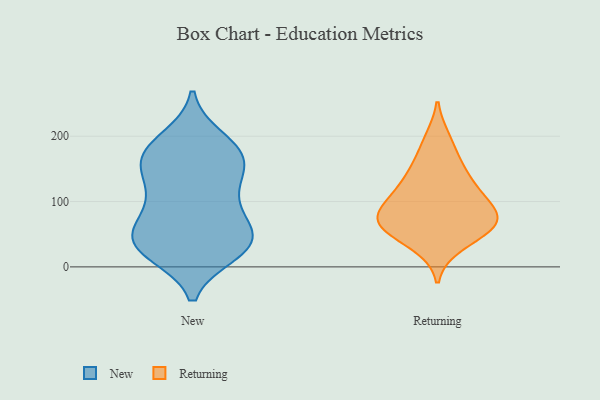
{"axis": {"x": "Backlog", "y": "Value"}, "legend": ["New", "Returning"], "data": [{"x": "", "y": 27, "type": "New"}, {"x": "", "y": 98, "type": "New"}, {"x": "", "y": 37, "type": "New"}, {"x": "", "y": 74, "type": "New"}, {"x": "", "y": 185, "type": "New"}, {"x": "", "y": 36, "type": "New"}, {"x": "", "y": 65, "type": "New"}, {"x": "", "y": 124, "type": "New"}, {"x": "", "y": 195, "type": "New"}, {"x": "", "y": 178, "type": "New"}, {"x": "", "y": 45, "type": "New"}, {"x": "", "y": 151, "type": "New"}, {"x": "", "y": 165, "type": "New"}, {"x": "", "y": 22, "type": "New"}, {"x": "", "y": 28, "type": "New"}, {"x": "", "y": 163, "type": "New"}, {"x": "", "y": 42, "type": "New"}, {"x": "", "y": 108, "type": "New"}, {"x": "", "y": 157, "type": "New"}, {"x": "", "y": 75, "type": "Returning"}, {"x": "", "y": 144, "type": "Returning"}, {"x": "", "y": 31, "type": "Returning"}, {"x": "", "y": 104, "type": "Returning"}, {"x": "", "y": 50, "type": "Returning"}, {"x": "", "y": 70, "type": "Returning"}, {"x": "", "y": 60, "type": "Returning"}, {"x": "", "y": 197, "type": "Returning"}, {"x": "", "y": 75, "type": "Returning"}, {"x": "", "y": 75, "type": "Returning"}, {"x": "", "y": 109, "type": "Returning"}, {"x": "", "y": 120, "type": "Returning"}, {"x": "", "y": 161, "type": "Returning"}]}